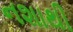
નશાથી